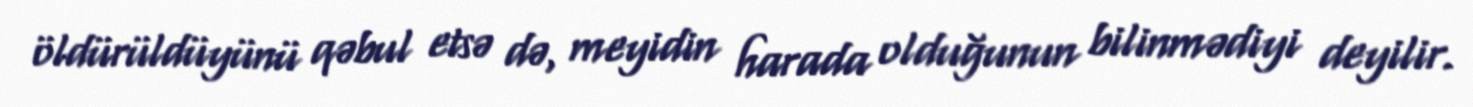
öldürüldüyünü qəbul etsə də, meyidin harada olduğunun bilinmədiyi deyilir.